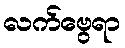
လက်ဗွေရာ